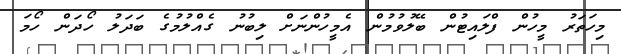
މިހަތަރު މީހުން ފްލައިޓުން ބޭލުވުމުން އެމީހުންނަށް ލިބުނު ގެއްލުމުގެ ބަދަލު ހޯދަން ހޯމަ